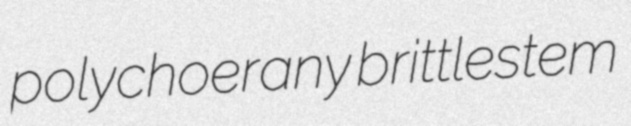
polychoerany brittlestem